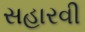
સહારવી